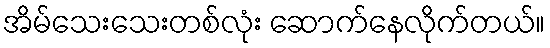
အိမ်သေးသေးတစ်လုံး ဆောက်နေလိုက်တယ်။